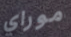
موراي